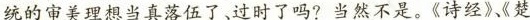
统的审美理想当真落伍了、过时了吗?当然不是。《诗经》、《楚